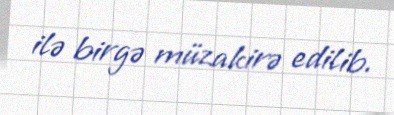
ilə birgə müzakirə edilib.